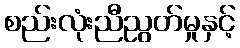
စည်းလုံးညီညွတ်မှုနှင့်